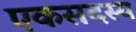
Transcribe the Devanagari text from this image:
एकसदस्य